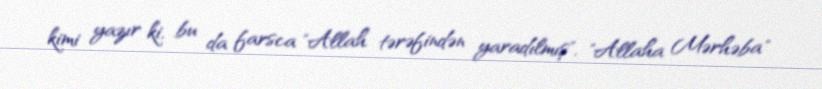
kimi yazır ki, bu da farsca "Allah tərəfindən yaradılmış", "Allaha Mərhəba"